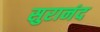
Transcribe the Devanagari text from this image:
सुरानंद